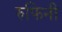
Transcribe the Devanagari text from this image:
रुफिनी